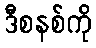
ဒီစနစ်ကို